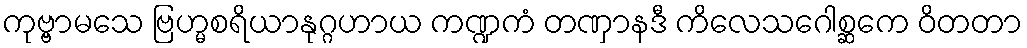
ကုဗ္ဗာမသေ ဗြဟ္မစရိယာနုဂ္ဂဟာယ ကဏ္ဍကံ တဏှာနဒီ ကိလေသဂေါစ္ဆကေ ဝိတတာ